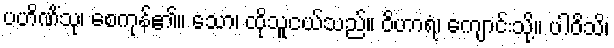
ပဟိဏိံသု၊ စေကုန်၏။ သော၊ ထိုသူငယ်သည်။ ဝိဟာရံ၊ ကျောင်းသို့။ ပါဝိသိ၊